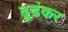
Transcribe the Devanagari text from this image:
ढूढंकर